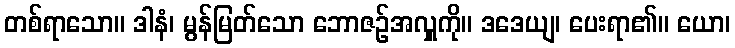
တစ်ရာသော။ ဒါနံ၊ မွန်မြတ်သော ဘောဇဉ်အလှူကို။ ဒဒေယျ၊ ပေးရာ၏။ ယော၊